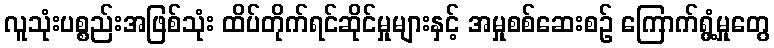
လူသုံးပစ္စည်းအဖြစ်သုံး ထိပ်တိုက်ရင်ဆိုင်မှုများနှင့် အမှုစစ်ဆေးစဉ် ကြောက်ရွံ့မှုတွေ